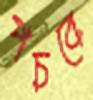
পচবে